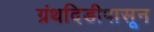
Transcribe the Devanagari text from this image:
ग्रंथदिडीपासून